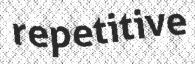
repetitive